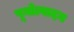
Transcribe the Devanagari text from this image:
पूयोत्पादन